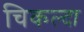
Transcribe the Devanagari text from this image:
चिकल्दा